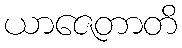
ယာဇေတာတိ